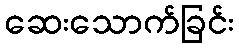
ဆေးသောက်ခြင်း